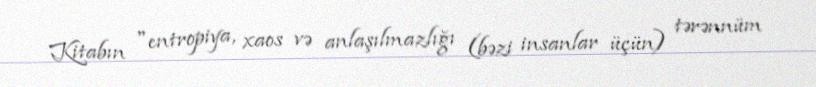
Kitabın "entropiya, xaos və anlaşılmazlığı (bəzi insanlar üçün) tərənnüm